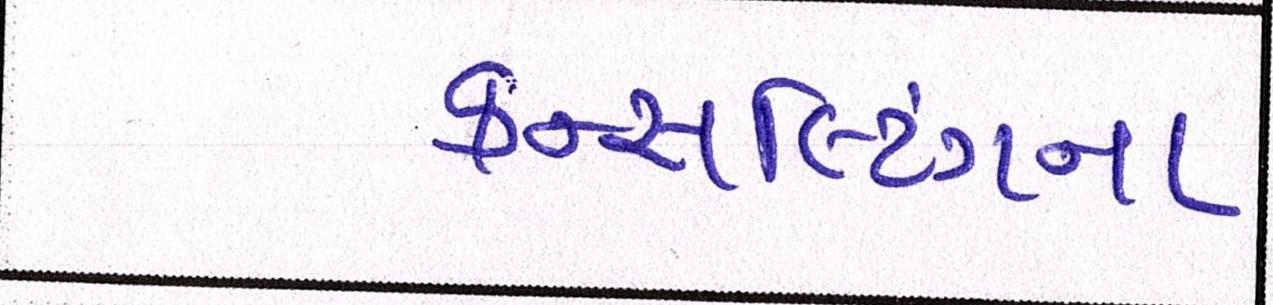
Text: કન્સલ્ટિંગના